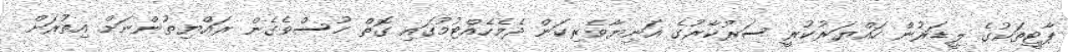
ޕާޓީތަކުގެ ލީޑަރުން ހައްޔަރުކުރީ ސަރުކާރުގެ އަނިޔާވެރިކަން ދެމެހެއްޓުމުގައި ގޮތް ހުސްވެގެން ރައްޔިތުންނަށް އިތުރަށް